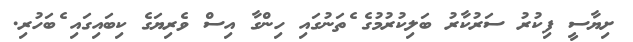
ށިޔާސީ ފިކުރު ސަރުކާރު ބަލިކުރުމުގެ ެތަނުގައި ހިންގާ އިސް ވެރިޔަގެ ކިބައިގައި ެބަހުރި.